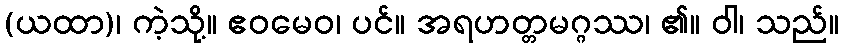
(ယထာ)၊ ကဲ့သို့။ ဧဝမေဝ၊ ပင်။ အရဟတ္တမဂ္ဂဿ၊ ၏။ ဝါ၊ သည်။